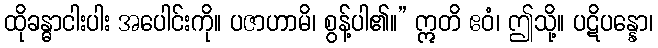
ထိုခန္ဓာငါးပါး အပေါင်းကို။ ပဇာဟာမိ၊ စွန့်ပါ၏။” ဣတိ ဧဝံ၊ ဤသို့။ ပဋိပန္နော၊